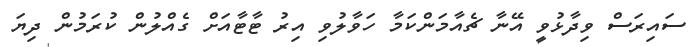
ސައިރަސް ވިދާޅުވީ އޭނާ ޗެއާމަންކަމާ ހަވާލުވި އިރު ޓާޓާއަށް ގެއްލުން ކުރަމުން ދިޔަ